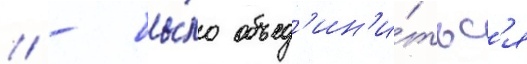
/ - бы́ло объед'ин'и́тьс'я